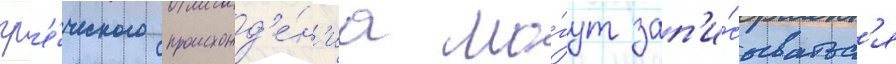
гр'е́ческого происхожд'е́н'иа мо́гут зап'и́сыватьс'я